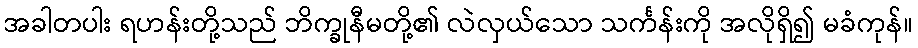
အခါတပါး ရဟန်းတို့သည် ဘိက္ခုနီမတို့၏ လဲလှယ်သော သင်္ကန်းကို အလိုရှိ၍ မခံကုန်။